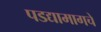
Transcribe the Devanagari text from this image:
पडद्यामागचे